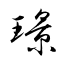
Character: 璟